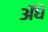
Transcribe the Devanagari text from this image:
ॲधे